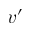
v ^ { \prime }